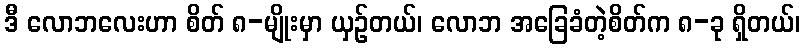
ဒီ လောဘလေးဟာ စိတ် ၈-မျိုးမှာ ယှဉ်တယ်၊ လောဘ အခြေခံတဲ့စိတ်က ၈-ခု ရှိတယ်၊